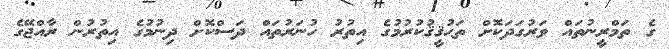
ގެ ތަމްރީނުތައް ވަރުގަދަކޮށް ތަޙުޤީޤުކުރުމުގެ އިތުރު ހުނަރުތައް ދަސްކޮށް ދިނުމުގެ އިތުރުން ރާއްޖޭގެ